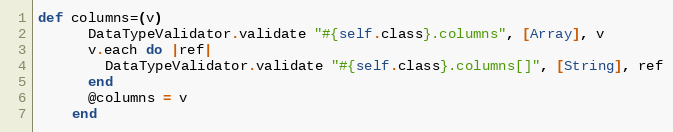
Language: Ruby
def columns=(v)
      DataTypeValidator.validate "#{self.class}.columns", [Array], v
      v.each do |ref|
        DataTypeValidator.validate "#{self.class}.columns[]", [String], ref
      end
      @columns = v
    end